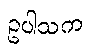
ဥပါသက